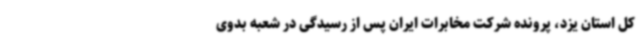
کل استان یزد، پرونده شرکت مخابرات ایران پس از رسیدگی در شعبه بدوی